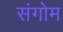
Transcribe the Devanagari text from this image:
संगोम